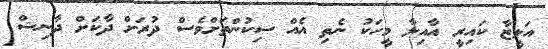
އަލީޒާ ކައިރީ އާއިލާ މީހަކު ނެތި އެއް ސިކުންތަށްވެސް ދުރަށް ދާކަށް ދާނިޝް